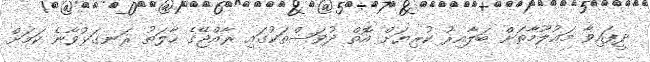
ދީފައިވާ މަޢުލޫމާތަށް ބަލާއިރު ކުރިޔަށް އޮތް ދުވަސްތަކުގައި ރާއްޖޭގެ ހާލަތު ރަނގަޅުވާނެ ކަމަށް